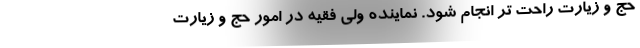
حج و زیارت راحت تر انجام شود. نماینده ولی فقیه در امور حج و زیارت